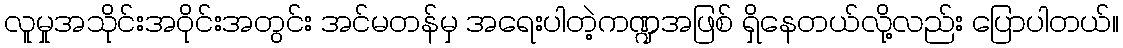
လူမှုအသိုင်းအဝိုင်းအတွင်း အင်မတန်မှ အရေးပါတဲ့ကဏ္ဍအဖြစ် ရှိနေတယ်လို့လည်း ပြောပါတယ်။